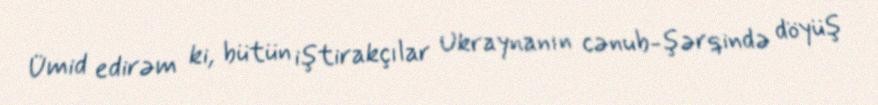
Ümid edirəm ki, bütün iştirakçılar Ukraynanın cənub-şərqində döyüş